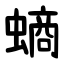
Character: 螪